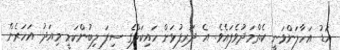
އަޑު އަހާލަންވަނީ ކެތްމަދުވެފައެވެ. އެ ދަރިފުޅަށް ހައިކަލްގެ ސިފަ ލިބުންކަމީ މިއަދު އަހަރެން